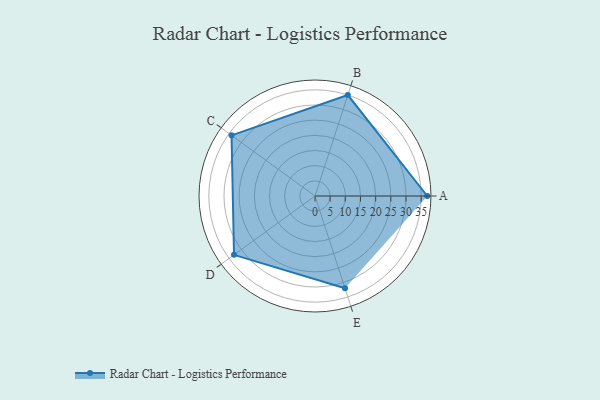
{"axis": {"x": "Skill", "y": "Score"}, "legend": ["Profile"], "data": [{"x": "A", "y": 37.0, "type": "Profile"}, {"x": "B", "y": 35.0, "type": "Profile"}, {"x": "C", "y": 34.0, "type": "Profile"}, {"x": "D", "y": 33.0, "type": "Profile"}, {"x": "E", "y": 32.0, "type": "Profile"}]}